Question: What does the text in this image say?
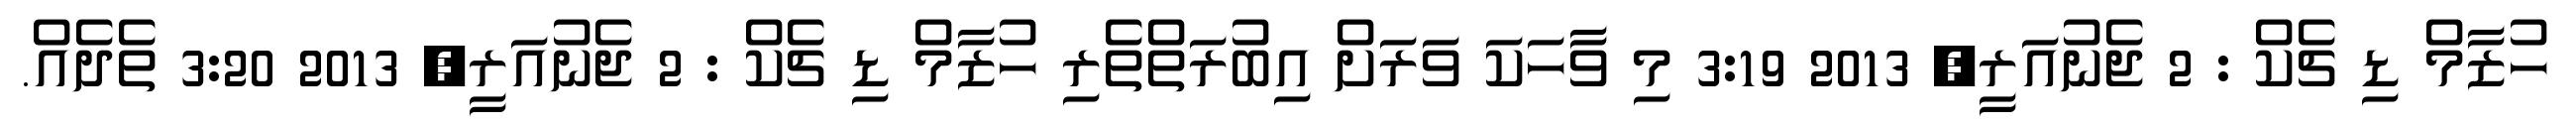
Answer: ހުޒާމް ޑި ޗެކް : 2 ޖެނުއަރީ, 2013 3:19 މި ވާހަކަ ވަރަށް އިބުރަތްތެރި ހުޒާމް ޑި ޗެކް : 2 ޖެނުއަރީ, 2013 3:20 ތެދެއް.